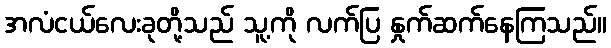
အလံငယ်လေးခုတို့သည် သူ့ကို လက်ပြ နှုက်ဆက်နေကြသည်။